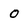
Character: 0